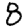
Digit: 8